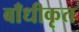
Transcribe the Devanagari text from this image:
बाँधीकृत